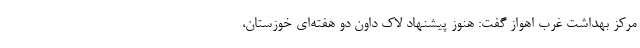
مرکز بهداشت غرب اهواز گفت: هنوز پیشنهاد لاک داون دو هفته‌ای خوزستان،